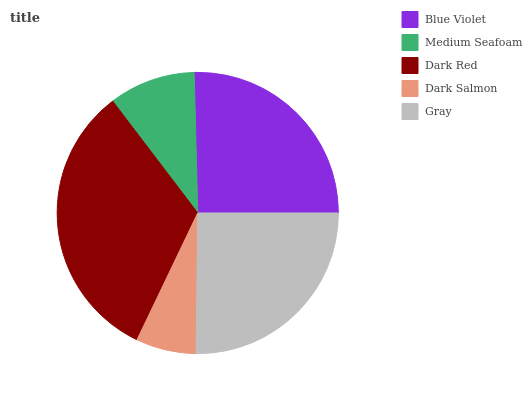
| Blue Violet | Medium Seafoam | Dark Red | Dark Salmon | Gray |
 | --- | --- | --- | --- | --- |
 | 25.5% | 9.95% | 32.5% | 6.93% | 25.2% |